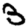
Digit: 3